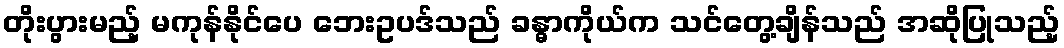
တိုးပွားမည့် မကုန်နိုင်ပေ ဘေးဥပဒ်သည် ခန္ဓာကိုယ်က သင်တွေ့ချိန်သည် အဆိုပြုသည့်